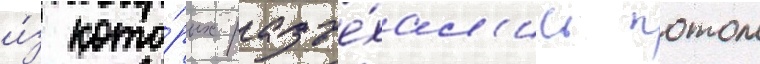
и́з кото́рых разъе́хал'ись потом